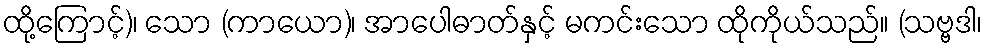
ထို့ကြောင့်)၊ သော (ကာယော)၊ အာပေါဓာတ်နှင့် မကင်းသော ထိုကိုယ်သည်။ (သဗ္ဗဒါ၊